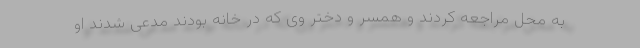
به محل مراجعه کردند و همسر و دختر وی که در خانه بودند مدعی شدند او